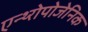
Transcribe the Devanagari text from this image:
एन्थ्‍रोपोजेनिक